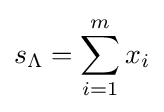
s_{\Lambda }=\sum _{i=1}^{m}x_{i}